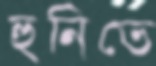
হুনিতে